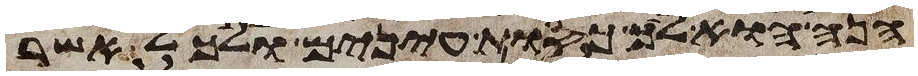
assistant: הנה הוא ליך כסות עינים ולכל אשר